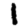
Digit: 1